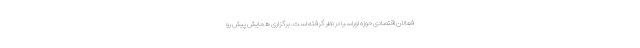
فعالان اقتصادی حوزه اوراسیا در نظر گرفته است. برگزاری همایش پیش رو